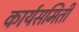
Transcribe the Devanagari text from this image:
कार्यसमिती